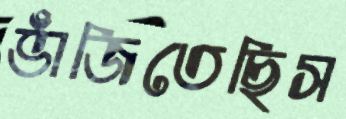
ভাঁজিতেছিস